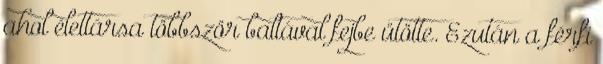
ahol élettársa többször baltával fejbe ütötte. Ezután a férfi